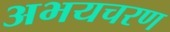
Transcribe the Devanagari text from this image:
अभयचरण